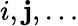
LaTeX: i,\mathbf{j},\dots